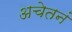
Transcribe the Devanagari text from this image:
अचेतनं